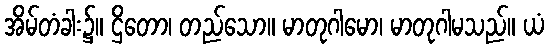
အိမ်တံခါး၌။ ဌိတော၊ တည်သော။ မာတုဂါမော၊ မာတုဂါမသည်။ ယံ